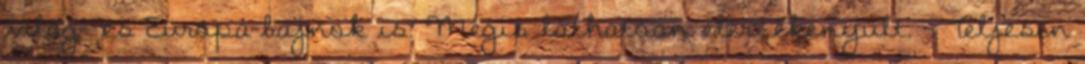
világ- és Európa-bajnok is. Mégis láthatóan elérzékenyült. – Teljesen